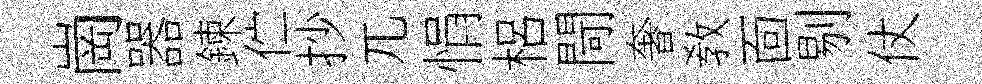
崗器鍊伫抄兀悁梠閜奢敎靣剔仗